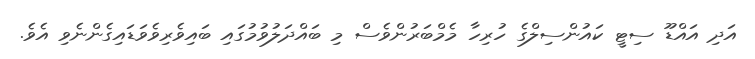
އަދި އައްޑޫ ސިޓީ ކައުންސިލްގެ ހުރިހާ މެމްބަރުންވެސް މި ބައްދަލުވުމުގައި ބައިވެރިވެވަޑައިގެންނެވި އެވެ.